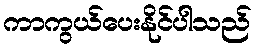
ကာကွယ်ပေးနိုင်ပါသည်